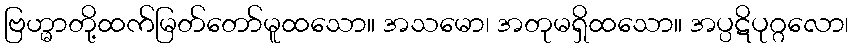
ဗြဟ္မာတို့ထက်မြတ်တော်မူထသော။ အသမော၊ အတုမရှိထသော။ အပ္ပဋိပုဂ္ဂလော၊